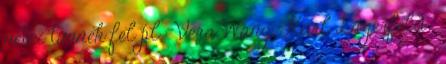
nevei tűnnek fel pl.: Vera Wang, Karl Lagerfeld .